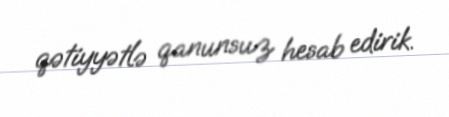
qətiyyətlə qanunsuz hesab edirik.